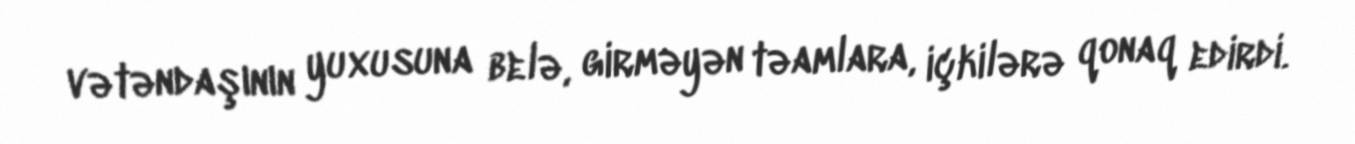
vətəndaşının yuxusuna belə, girməyən təamlara, içkilərə qonaq edirdi.